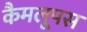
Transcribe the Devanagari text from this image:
कैमलूपस